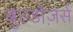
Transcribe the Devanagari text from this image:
बुल्डोज़र्स